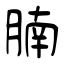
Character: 腩